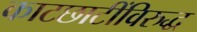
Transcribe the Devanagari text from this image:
काटछाटींविरुद्ध